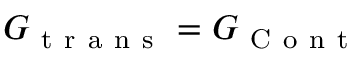
G _ { \mathrm { ~ t ~ r ~ a ~ n ~ s ~ } } = G _ { \mathrm { ~ C ~ o ~ n ~ t ~ } }